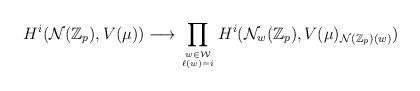
LaTeX: \begin{align*}H^i({\mathcal N}({\mathbb Z}_p),V(\mu))\longrightarrow\prod_{w\in {\mathcal W}\atop \ell(w)=i}H^i({\mathcal N}_w({\mathbb Z}_p),V(\mu)_{{\mathcal N}({\mathbb Z}_p)(w)})\end{align*}